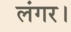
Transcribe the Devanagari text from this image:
लंगर।